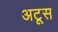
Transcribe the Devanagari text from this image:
अटूस